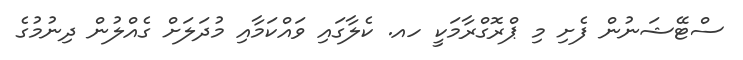
ސްޓޭޝަނުން ފެށި މި ޕްރޮގްރާމަކީ ހއ. ކެލާގައި ވައްކަމާއި މުދަލަށް ގެއްލުން ދިނުމުގެ